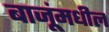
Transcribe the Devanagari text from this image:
बाजूंमधील